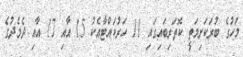
މަހުގެ ބުރަކަށިމަތީ ކޮތަރިބައިގައި 11 ހަރުކައްޓާއެކު 15 އާއި 17 އާއި ދެމެދުގެ